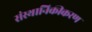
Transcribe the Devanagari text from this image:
संस्थानिकीकरण